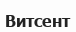
Витсент